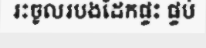
រះចូលរបងដែកផ្ទះ ផ្ទប់